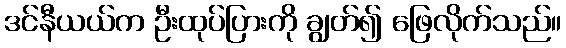
ဒင်နီယယ်က ဦးထုပ်ပြားကို ချွတ်၍ ဖြေလိုက်သည်။